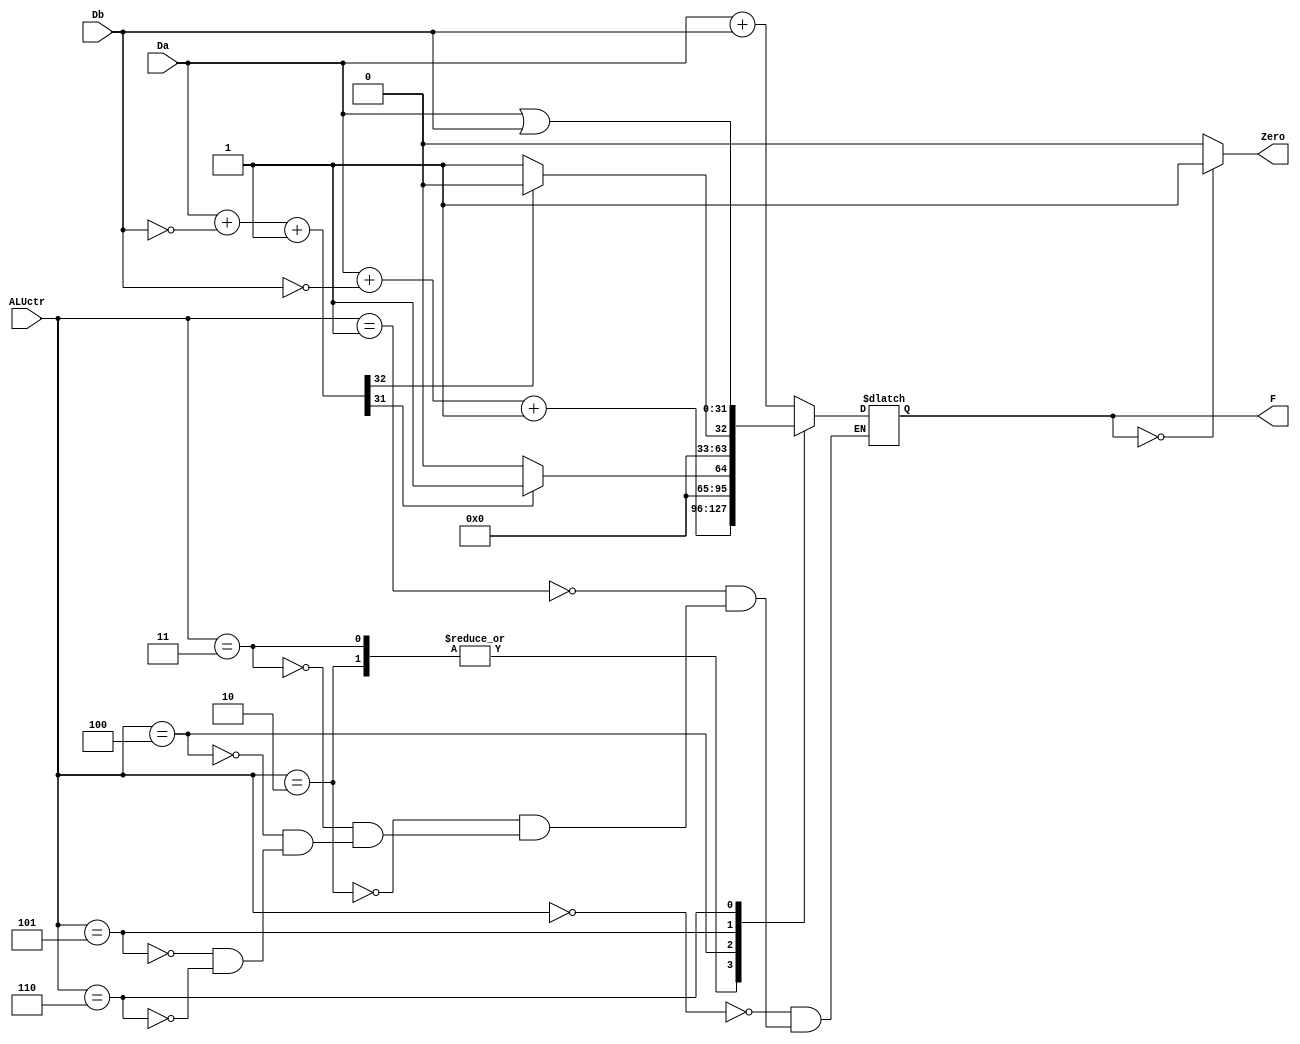
module ALU(
input [31:0] Da,
input [31:0] Db,
input [2:0] ALUctr,//add-000,addu-001,sub-010,subu-011,slt-100,sltu-101,or-110
output reg [31:0] F,
output Zero
    );
    reg [32:0] bool;//ͨһλķʽȡλλ
    reg [31:0] over;
    assign Zero=(F==32'b0)?1:0;
    always@(*)
    begin
        case(ALUctr)
        3'b000:F=Da+Db;
        3'b001:F=Da+Db;
        3'b010:F=Da+~Db+1;
        3'b011:F=Da+~Db+1;
        3'b100:begin bool=Da+~Db+1;if(bool[31]) F=32'h1;else F=32'h0; end
        3'b101:begin bool=Da+~Db+1;if(!bool[32]) F=32'h1;else F=32'h0; end
        3'b110:F=Da|Db;
        endcase
    end
endmodule